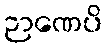
ဉာဏေပိ